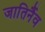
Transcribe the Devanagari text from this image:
जातिर्नैव